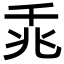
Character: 𪜍